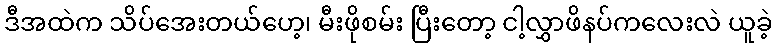
ဒီအထဲက သိပ်အေးတယ်ဟေ့၊ မီးဖိုစမ်း ပြီးတော့ ငါ့လွှာဖိနပ်ကလေးလဲ ယူခဲ့